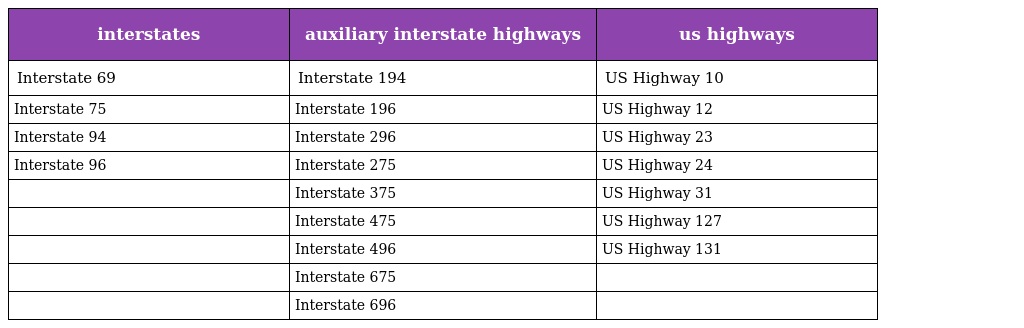
| interstates | auxiliary interstate highways | us highways |
 | --- | --- | --- |
 | Interstate 69 | Interstate 194 | US Highway 10 |
 | Interstate 75 | Interstate 196 | US Highway 12 |
 | Interstate 94 | Interstate 296 | US Highway 23 |
 | Interstate 96 | Interstate 275 | US Highway 24 |
 |  | Interstate 375 | US Highway 31 |
 |  | Interstate 475 | US Highway 127 |
 |  | Interstate 496 | US Highway 131 |
 |  | Interstate 675 |  |
 |  | Interstate 696 |  |